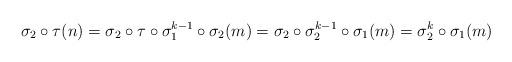
LaTeX: \begin{align*}\sigma_2\circ \tau(n) & =\sigma_2\circ \tau\circ \sigma_1^{k-1} \circ \sigma_2(m) = \sigma_2\circ \sigma_2^{k-1} \circ \sigma_1(m) = \sigma_2^k \circ \sigma_1(m)\end{align*}